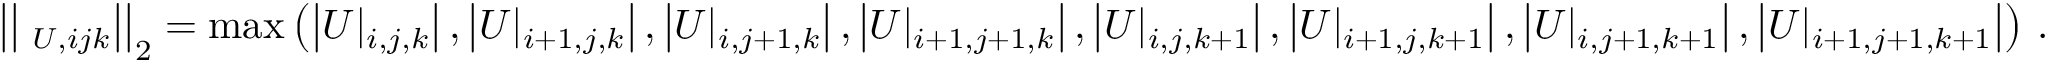
\left| \left| \mathbf \Lambda _ { U , i j k } \right| \right| _ { 2 } = \operatorname* { m a x } \left( \left| U | _ { i , j , k } \right| , \left| U | _ { i + 1 , j , k } \right| , \left| U | _ { i , j + 1 , k } \right| , \left| U | _ { i + 1 , j + 1 , k } \right| , \left| U | _ { i , j , k + 1 } \right| , \left| U | _ { i + 1 , j , k + 1 } \right| , \left| U | _ { i , j + 1 , k + 1 } \right| , \left| U | _ { i + 1 , j + 1 , k + 1 } \right| \right) \, .